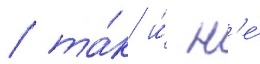
/ та́к и́ н'е́